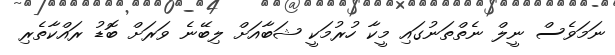
ނަމަވެސް ނީލް ނެތްތަނުގައި މީކާ ހުރުމަކީ ޝަބާއަށް ލިބޭނެ ވަރަށް ބޮޑު ރައްކާތެރި